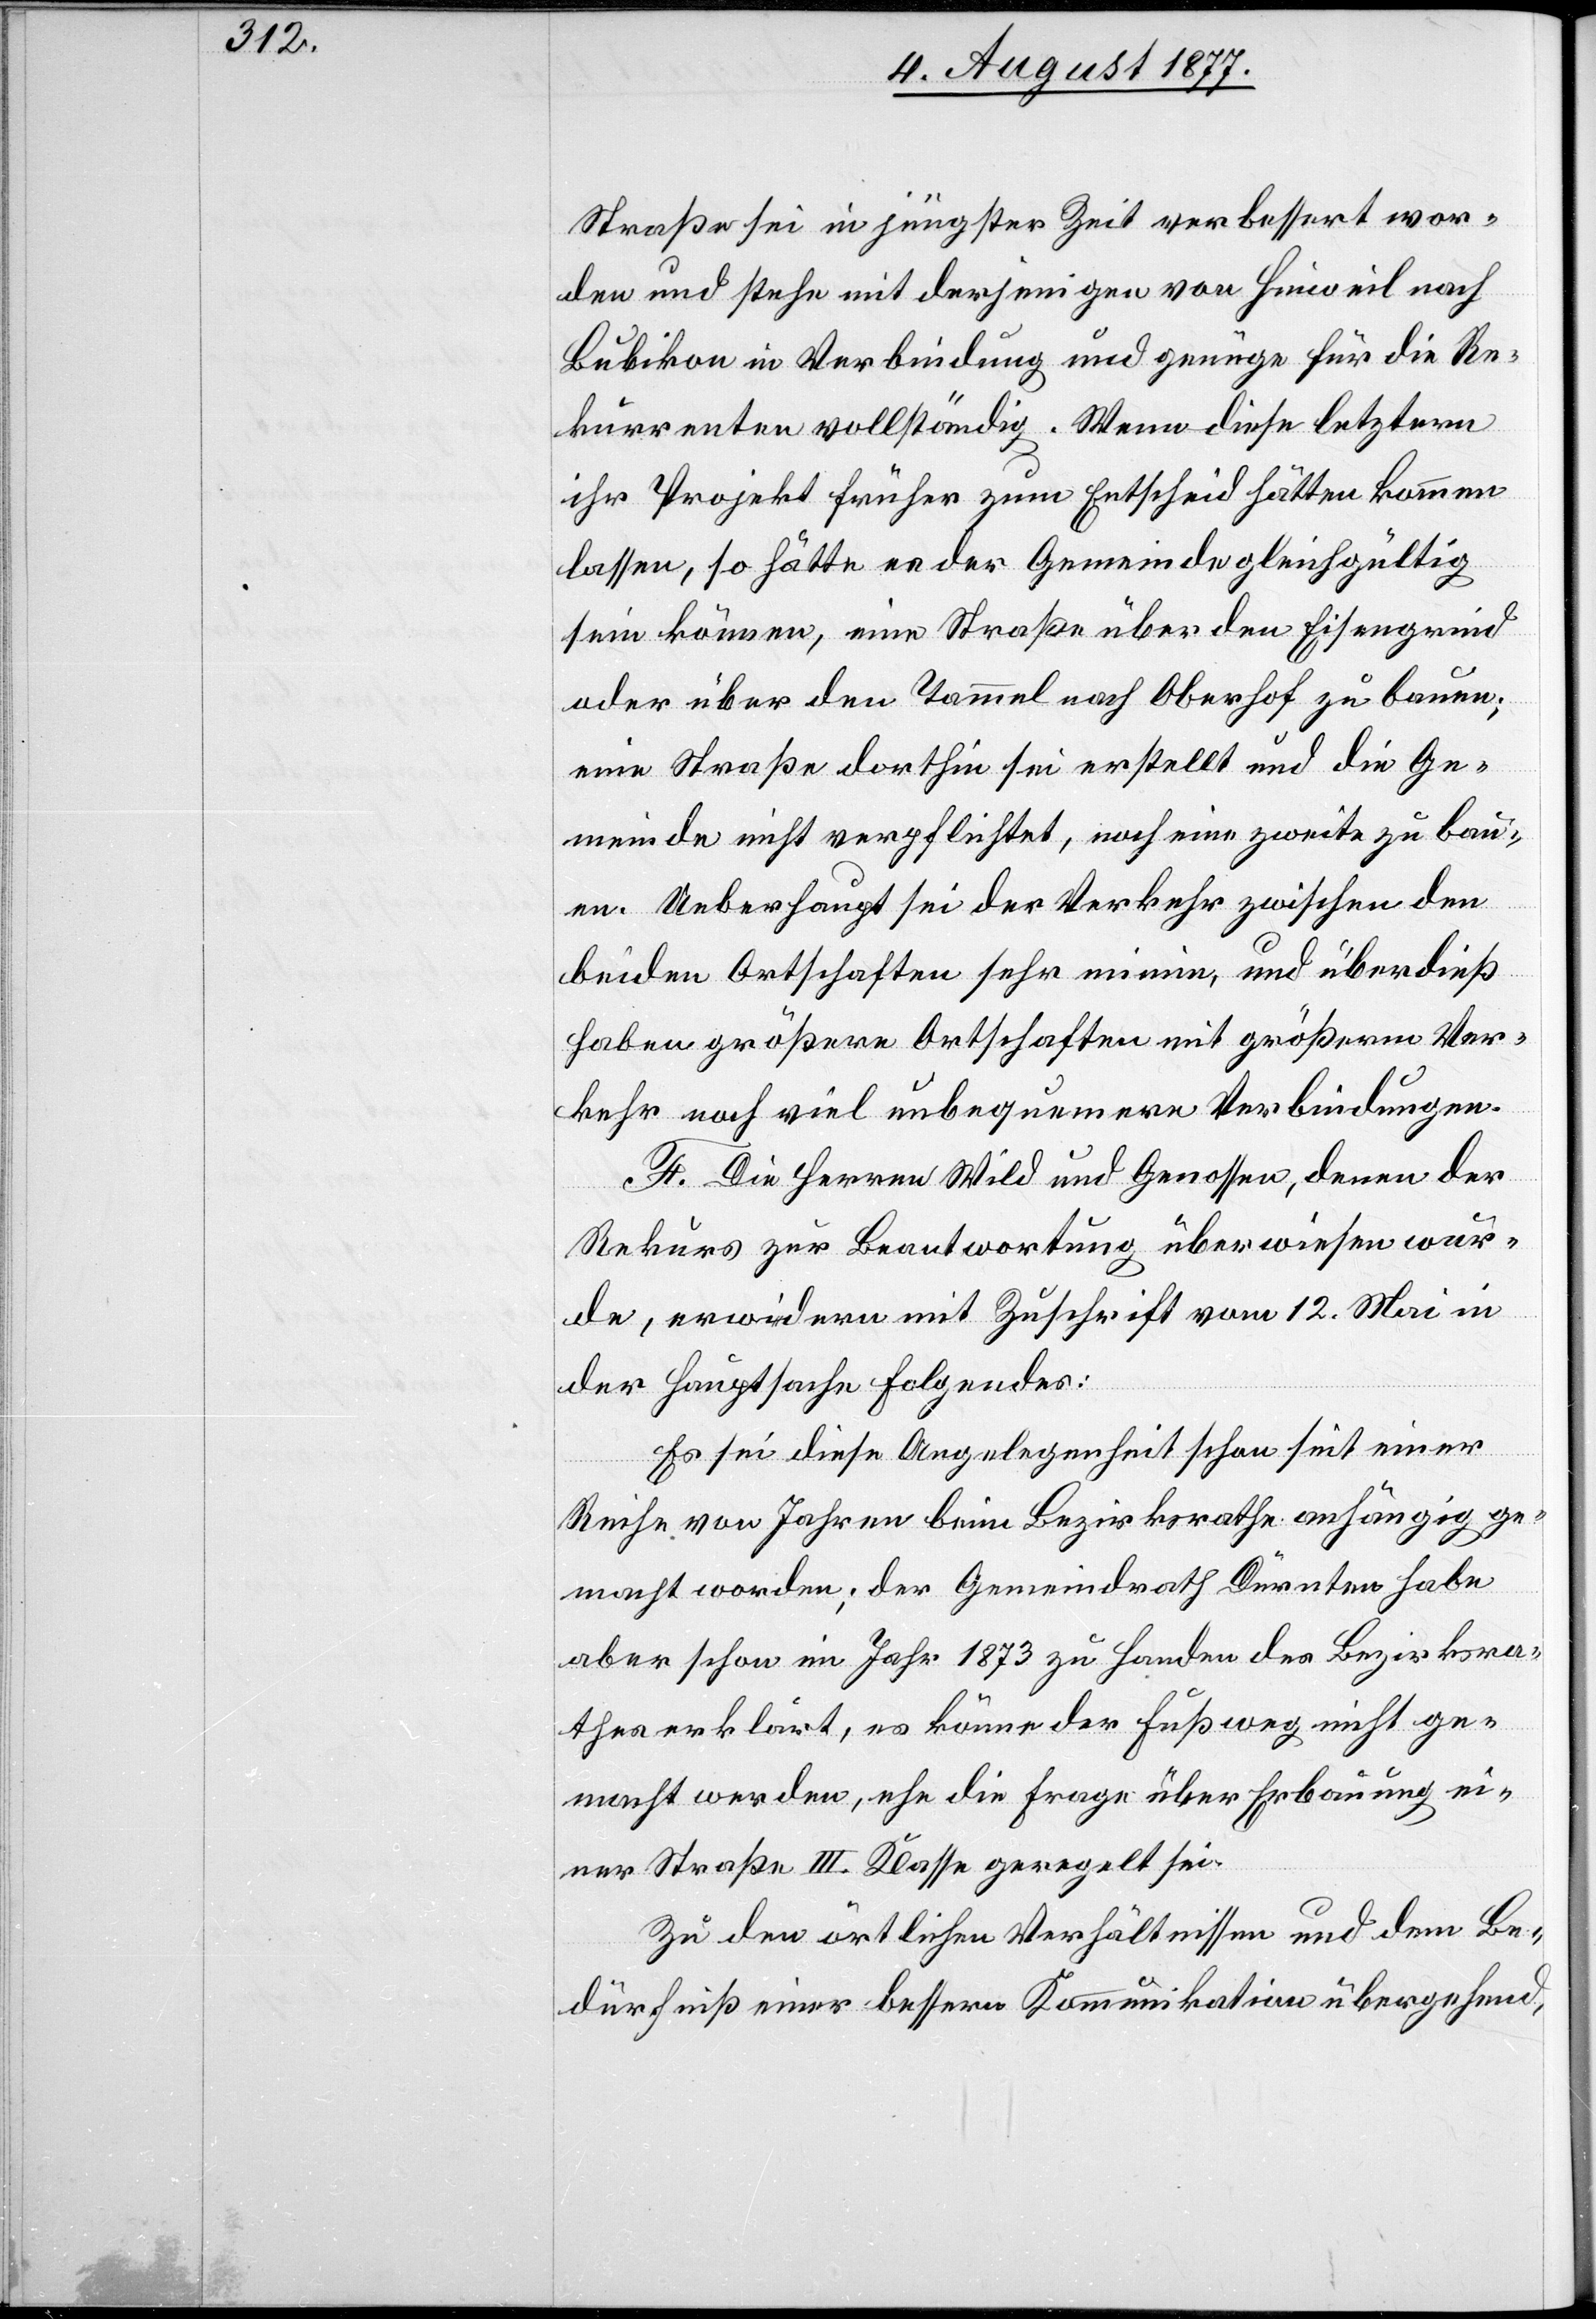
Straße sei in jüngster Zeit verbessert wor¬
den und stehe mit derjenigen von Hinweil nach
Bubikon in Verbindung und genüge für die Re¬
kurrenten vollständig. Wenn diese letztern
ihr Projekt früher zum Entscheid hätten kommen
lassen, so hätte es der Gemeinde gleichgültig
sein können, eine Straße über den Eisengrind
oder über den Tammel nach Oberhof zu bauen;
eine Straße dorthin sei erstellt und die Ge¬
meinde nicht verpflichtet, noch eine zweite zu bau¬
en. Ueberhaupt sei der Verkehr zwischen den
beiden Ortschaften sehr minim, und überdieß
haben größere Ortschaften mit größerm Ver¬
kehr noch viel unbequemere Verbindungen.
F. Die Herren Wild und Genossen, denen der
Rekurs zur Beantwortung überwiesen wur¬
de, erwia-e-adern mit Zuschrift vom 12. Mai in
der Hauptsache Folgendes:
Es sei diese Angelegenheit schon seit einer
Reihe von Jahren beim Bezirksrathe anhängig ge¬
macht worden; der Gemeindrath Dürnten habe
aber schon im Jahr 1873 zu Handen des Bezirksra¬
thes erklärt, es könne der Fußweg nicht ge¬
macht werden, ehe die Frage über Erbauung ei¬
ner Straße III. Klasse geregelt sei.
Zu den örtlichen Verhältnissen und dem Be¬
dürfniß einer bessern Kommunikation übergehend,